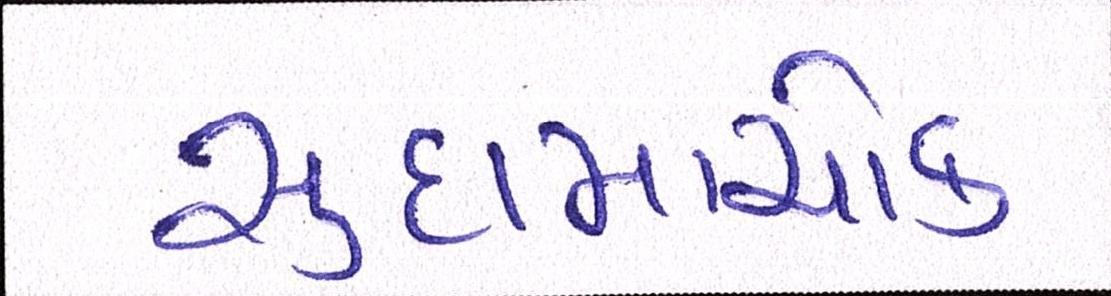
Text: સુદામાચોક